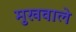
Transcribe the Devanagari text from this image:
मुखवाले